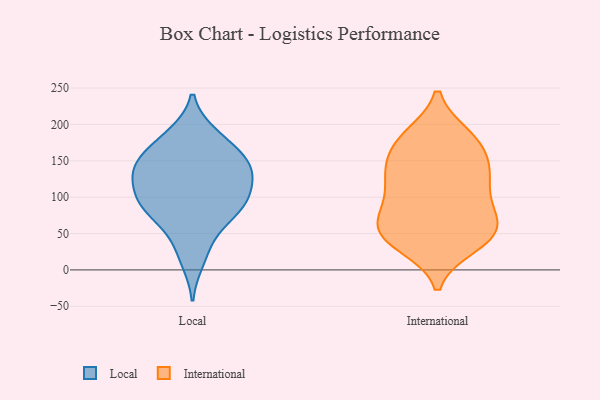
{"axis": {"x": "Page Views", "y": "Value"}, "legend": ["International", "Local"], "data": [{"x": "", "y": 146, "type": "Local"}, {"x": "", "y": 116, "type": "Local"}, {"x": "", "y": 134, "type": "Local"}, {"x": "", "y": 74, "type": "Local"}, {"x": "", "y": 90, "type": "Local"}, {"x": "", "y": 153, "type": "Local"}, {"x": "", "y": 106, "type": "Local"}, {"x": "", "y": 187, "type": "Local"}, {"x": "", "y": 12, "type": "Local"}, {"x": "", "y": 187, "type": "Local"}, {"x": "", "y": 96, "type": "Local"}, {"x": "", "y": 134, "type": "Local"}, {"x": "", "y": 85, "type": "Local"}, {"x": "", "y": 121, "type": "Local"}, {"x": "", "y": 143, "type": "Local"}, {"x": "", "y": 34, "type": "Local"}, {"x": "", "y": 89, "type": "Local"}, {"x": "", "y": 63, "type": "Local"}, {"x": "", "y": 166, "type": "Local"}, {"x": "", "y": 155, "type": "Local"}, {"x": "", "y": 54, "type": "International"}, {"x": "", "y": 181, "type": "International"}, {"x": "", "y": 55, "type": "International"}, {"x": "", "y": 133, "type": "International"}, {"x": "", "y": 71, "type": "International"}, {"x": "", "y": 173, "type": "International"}, {"x": "", "y": 134, "type": "International"}, {"x": "", "y": 181, "type": "International"}, {"x": "", "y": 184, "type": "International"}, {"x": "", "y": 103, "type": "International"}, {"x": "", "y": 131, "type": "International"}, {"x": "", "y": 34, "type": "International"}, {"x": "", "y": 48, "type": "International"}, {"x": "", "y": 151, "type": "International"}, {"x": "", "y": 42, "type": "International"}, {"x": "", "y": 66, "type": "International"}, {"x": "", "y": 132, "type": "International"}, {"x": "", "y": 86, "type": "International"}, {"x": "", "y": 96, "type": "International"}, {"x": "", "y": 39, "type": "International"}]}